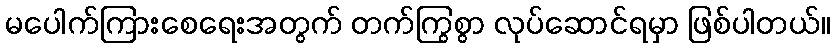
မပေါက်ကြားစေရေးအတွက် တက်ကြွစွာ လုပ်ဆောင်ရမှာ ဖြစ်ပါတယ်။